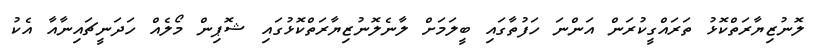
ލޮނުޒިޔާރަތްކޮޅު ތަރައްގީކުރަން އަންނަ ހަފުތާގައި ބީލަމަށް ލާނެލޮނުޒިޔާރަތްކޮޅުގައި ޝޮޕިން މޯލެއް ހަދަނީޗައިނާއާ އެކު